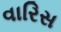
વારિસ